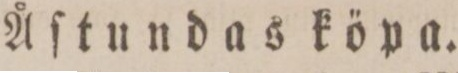
Åſtundas köpa.